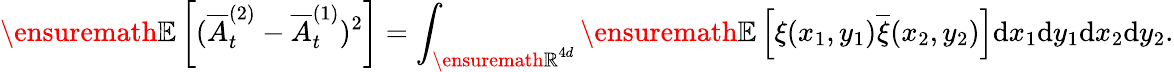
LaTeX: {\ensuremath{\mathbb E}}\left[(\overline{A}_{t}^{(2)}-\overline{A}_{t}^{(1)})^{2}\right]=\int_{{\ensuremath{\mathbb R}}^{4d}}{\ensuremath{\mathbb E}}\left[\xi(x_{1},y_{1})\overline{\xi}(x_{2},y_{2})\right]\mathrm{d}x_{1}\mathrm{d}y_{1}\mathrm{d}x_{2}\mathrm{d}y_{2}.